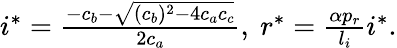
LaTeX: \begin{array}{r}{i^{*}=\frac{-c_{b}-\sqrt{(c_{b})^{2}-4c_{a}c_{c}}}{2c_{a}},\ r^{*}=\frac{\alpha p_{r}}{l_{i}}i^{*}.}\end{array}